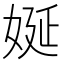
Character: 娫